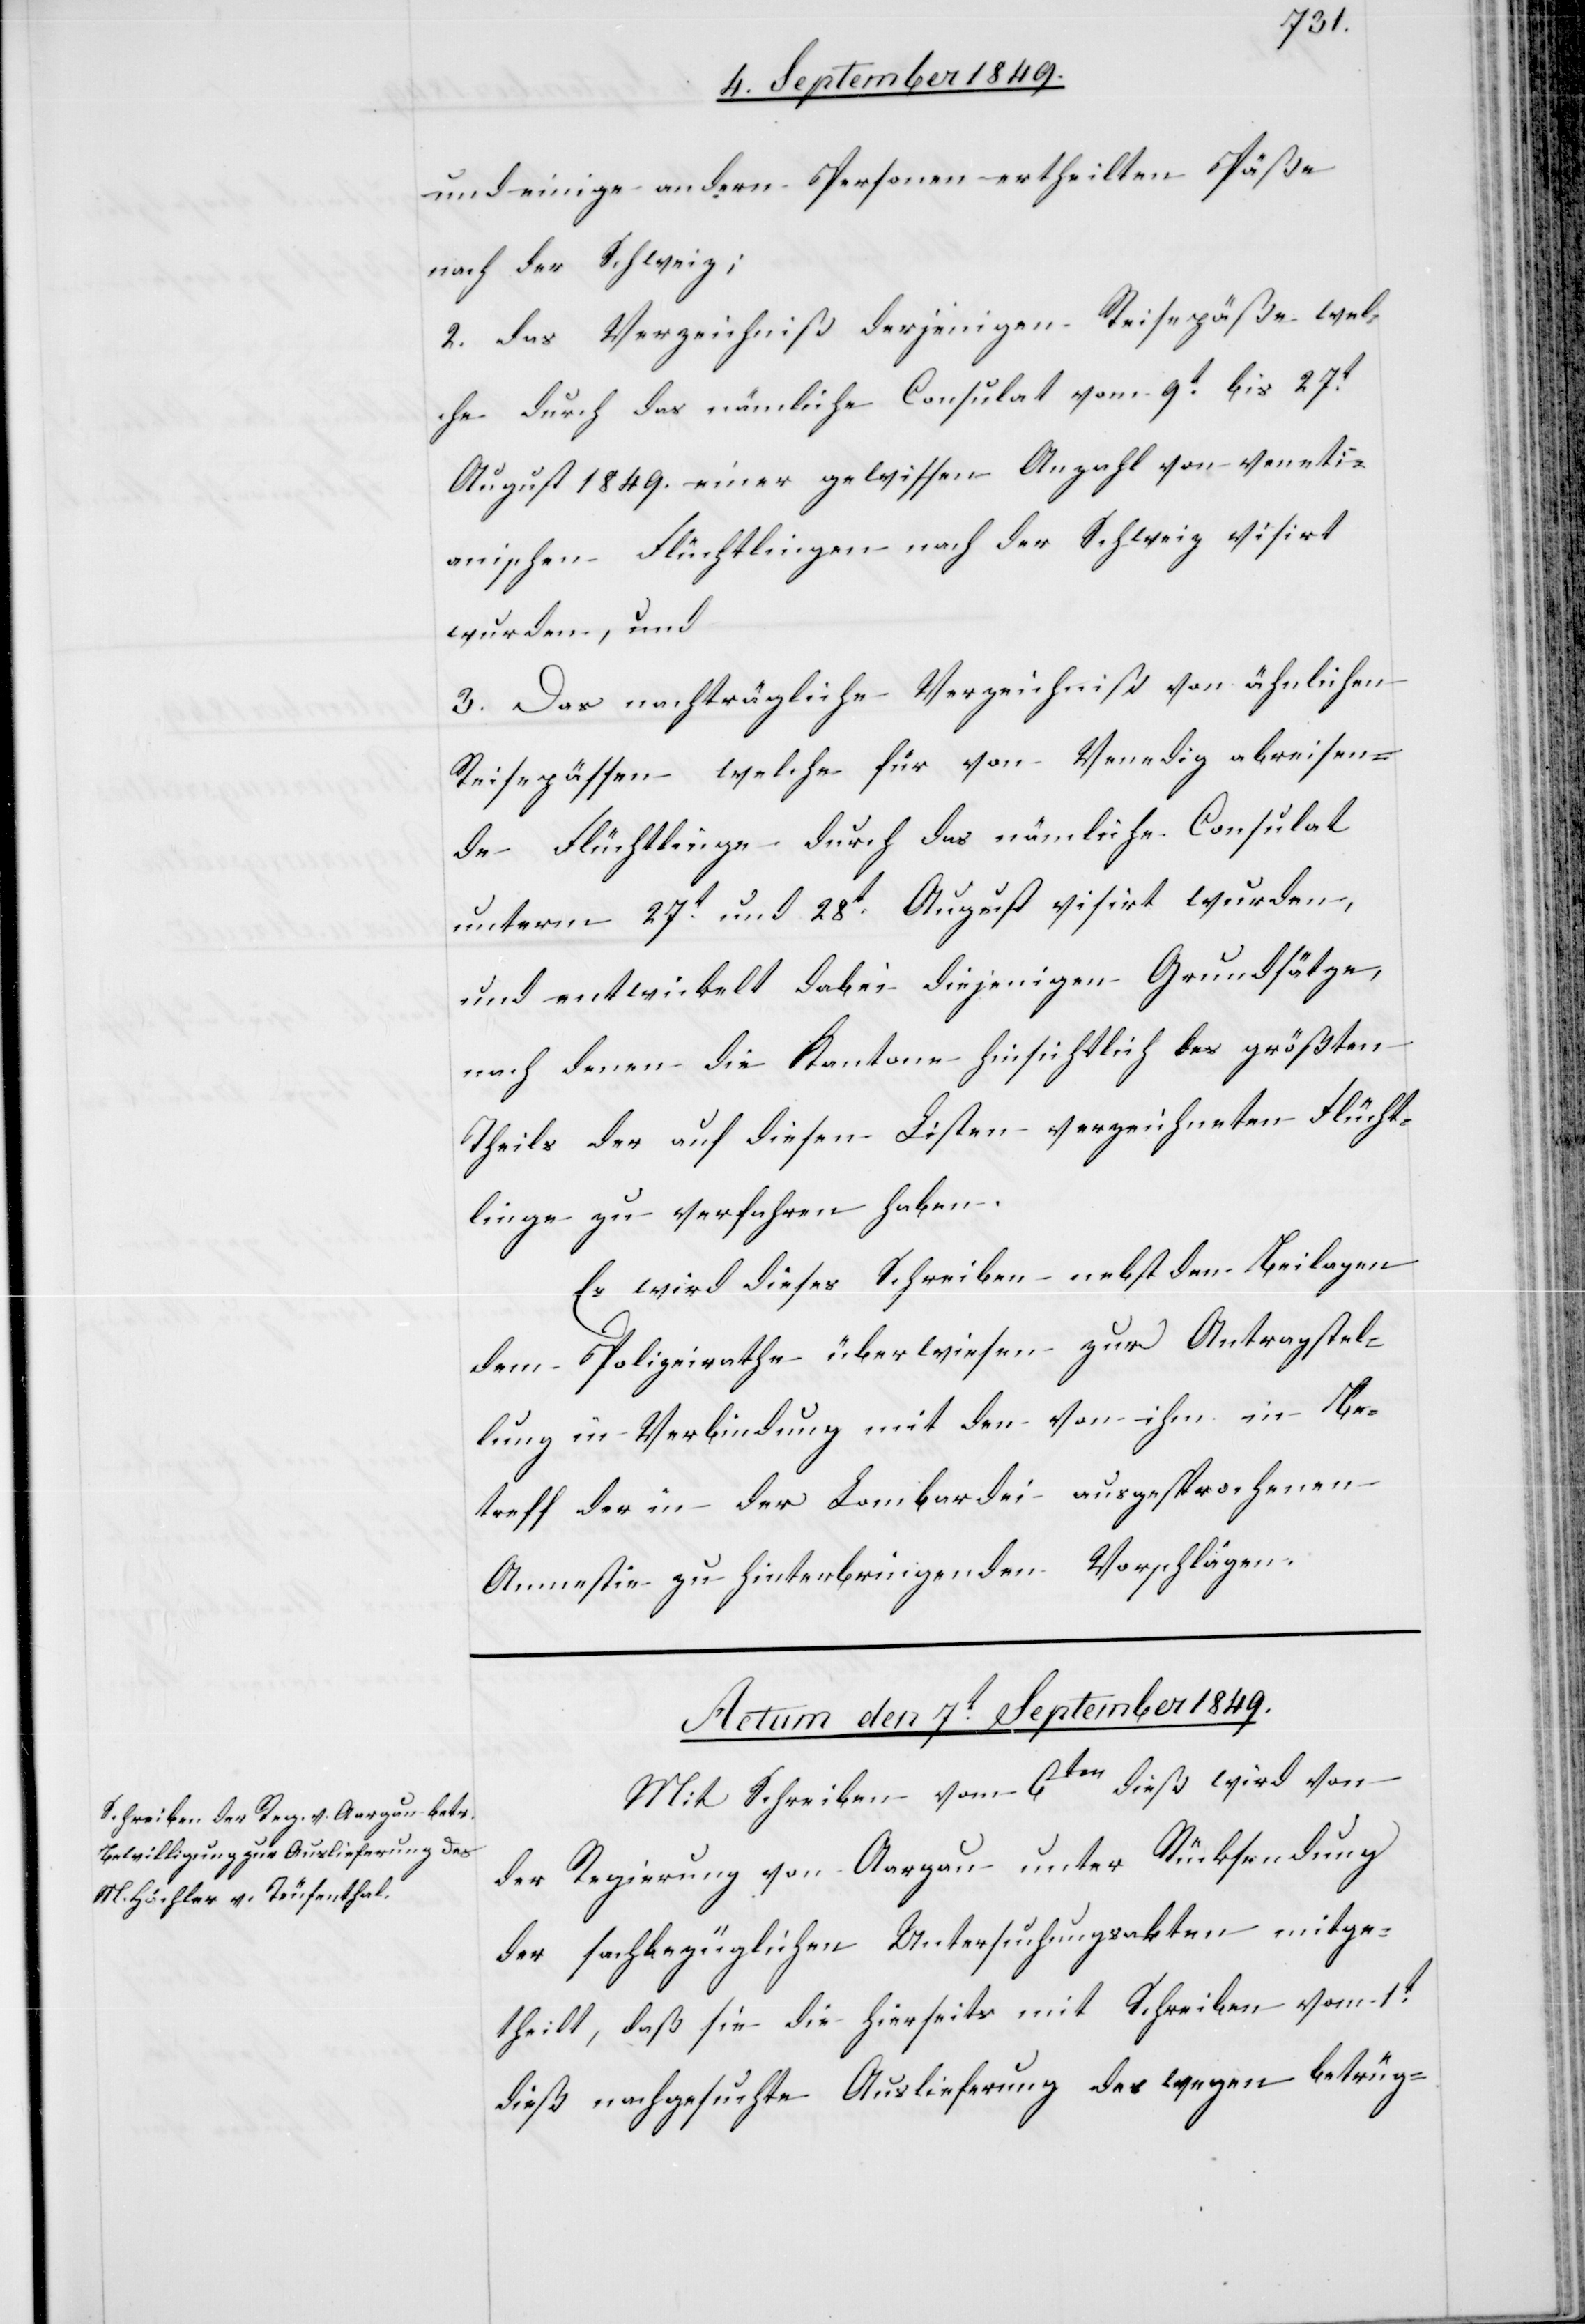
und einige andern Personen ertheilten Päße
nach der Schweiz;
2. das Verzeichniß derjenigen Reisepäße wel¬
che durch das nämliche Consulat vom 9t bis 27t
August 1849. einer gewissen Anzahl von veneti¬
anischen Flüchtlingen nach der Schweiz visirt
wurden, und
3. Das nachträgliche Verzeichniß von ähnlichen
Reisepässen welche für von Venedig abreisen¬
de Flüchtlinge durch das nämliche Consulat
unterm 27t und 28t August visirt wurden,
und entwickelt dabei diejenigen Grundsätze,
nach denen die Kantone hinsichtlich des größten
Theils der auf diesen Listen verzeichneten Flücht¬
linge zu verfahren haben.
Es wird dieses Schreiben nebst den Beilagen
dem Polizeirathe überwiesen zur Antragstel¬
lung in Verbindung mit den von ihm in Be¬
treff der in der Lombardei ausgesprochenen
Amnestie zu hinterbringenden Vorschlägen.
Actum den 7t September 1849.
Mit Schreiben vom 6ten dieß wird von
der Regierung von Aargau unter Rücksendung
der sachbezüglichen Untersuchungsakten mitge¬
theilt, daß sie die hierseits mit Schreiben vom 1t
dieß nachgesuchte Auslieferung des wegen betrüg-